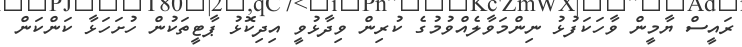
ރައީސް ޔާމީން ވާހަކަފުޅު ނިންމަވާލެއްވުމުގެ ކުރިން ވިދާޅުވީ އިދިކޮޅު ޕާޓީތަކުން ހުށަހަޅާ ކަންކަން